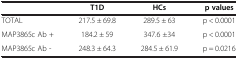
<table><thead><tr><td><b> </b></td><td><b>T1D</b></td><td><b>HCs</b></td><td><b>p values</b></td></tr></thead><tbody><tr><td>TOTAL</td><td>217.5 ± 69.8</td><td>289.5 ± 63</td><td>p &lt; 0.0001</td></tr><tr><td>MAP3865c Ab +</td><td>184.2 ± 59</td><td>347.6 ±34</td><td>p &lt; 0.0001</td></tr><tr><td>MAP3865c Ab -</td><td>248.3 ± 64.3</td><td>284.5 ± 61.9</td><td>p = 0.0216</td></tr></tbody></table>